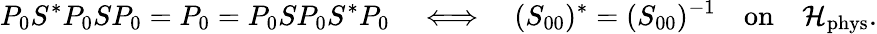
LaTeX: P_{0}S^{*}P_{0}SP_{0}=P_{0}=P_{0}SP_{0}S^{*}P_{0}\quad\Longleftrightarrow\quad(S_{00})^{*}=(S_{00})^{-1}\quad\mathrm{on}\quad\mathcal{H}_{\mathrm{phys}}.